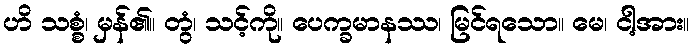
ဟိ သစ္စံ၊ မှန်၏။ တွံ၊ သင့်ကို။ ပေက္ခမာနဿ၊ မြင်ရသော။ မေ၊ ငါ့အား။